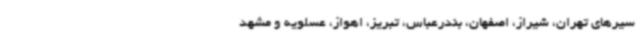
سیرهای تهران، شیراز، اصفهان، بندرعباس، تبریز، اهواز، عسلویه و مشهد